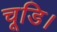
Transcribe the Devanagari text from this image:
चूडि।